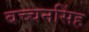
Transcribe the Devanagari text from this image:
बच्चनसिंह